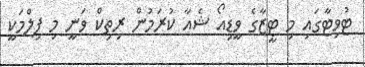
ޓުވިޓާގައި މި ޓީޒާގެ ވީޑިއޯ ޝެއާ ކުރަމުން ރިތިކް ވަނީ މި ފިލްމަކީ